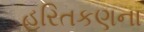
હરિતકણના